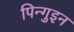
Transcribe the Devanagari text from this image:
पिन्गुइन